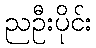
ညဦးပိုင်း